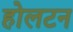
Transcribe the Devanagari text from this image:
होलटन